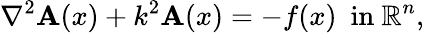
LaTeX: \nabla^{2}\mathbf{A}(x)+k^{2}\mathbf{A}(x)=-f(x)\ {\mathrm{{~in~}}}\mathbb{{R}}^{n},